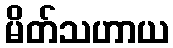
မိတ်သဟာယ